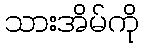
သားအိမ်ကို